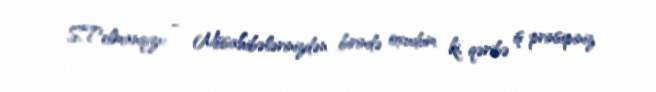
S.Telmanqızı: - Müsahibələrinizdən birində oxudum ki, qəribə iş prinsipiniz